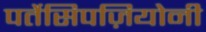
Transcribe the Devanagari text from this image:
पर्तेसिपज़ियोनी